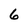
Character: 6